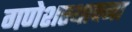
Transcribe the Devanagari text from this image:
गणेशस्थापना